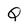
Character: Q